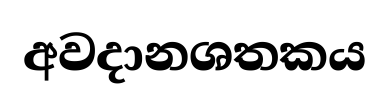
අවදානශතකය